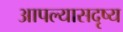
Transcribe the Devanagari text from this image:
आपल्यासदृष्य